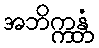
အဘိက္ကန္တံ